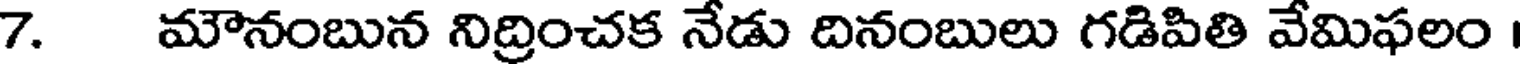
7. మౌనంబున నిద్రించక నేడు దినంబులు గడిపితి వేమిఫలం